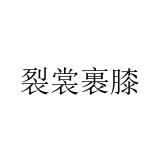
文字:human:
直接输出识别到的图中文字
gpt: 裂裳裹膝